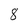
Character: 8